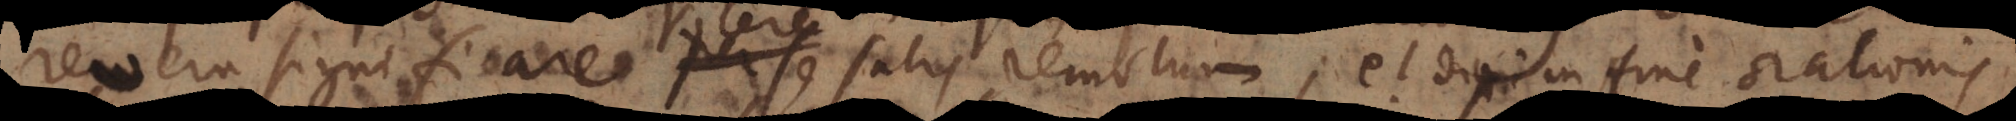
revera significare per se satis remotum; et dixi in fine orationi